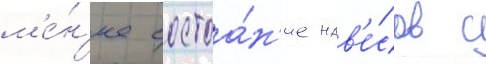
м'е́н'ее состоа́н'ие нав'е́сов с